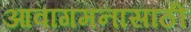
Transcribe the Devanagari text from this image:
आवागमनासाठी